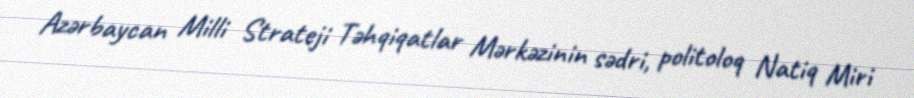
Azərbaycan Milli Strateji Təhqiqatlar Mərkəzinin sədri, politoloq Natiq Miri